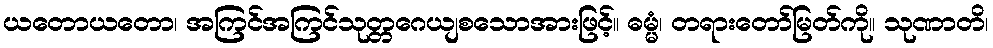
ယတောယတော၊ အကြင်အကြင်သုတ္တဂေယျစသောအားဖြင့်။ ဓမ္မံ၊ တရားတော်မြတ်ကို။ သုဏာတိ၊